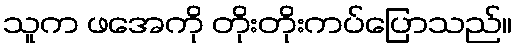
သူက ဖအေကို တိုးတိုးကပ်ပြောသည်။